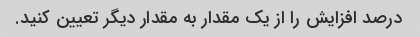
درصد افزایش را از یک مقدار به مقدار دیگر تعیین کنید.